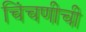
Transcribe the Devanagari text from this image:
चिंचणीची